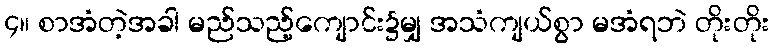
၄။ စာအံတဲ့အခါ မည်သည့်ကျောင်း၌မျှ အသံကျယ်စွာ မအံရဘဲ တိုးတိုး